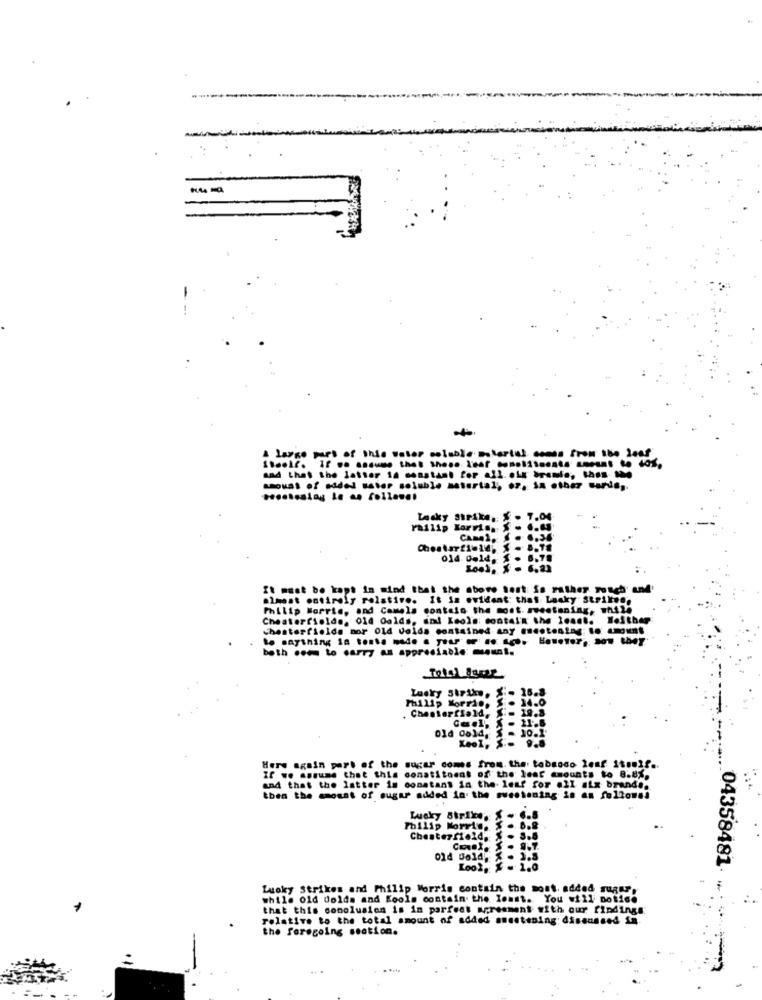
A large part of this water soluble material comes from the leaf
sad that the latter 1a constant for all. our isme ,- n -
Lucky Strike, $ . 7.04
railip Korrias
014 Geld. . 6.
It must be kept in mind that the above test: is rather rosch und'
almost entirely relative. It is evident that Lucky Strikee.
Philip Morris, and Camels contato the most. sweetening, while
Chesterfielde, 014 Golds, and Keol's: contain the least. Neither
chesterfielda mor Old Volds contained any encotontag: Io amount
both com to carry as appreciable mount.
Total Aser
Lucky Strike.
.. 16.
. 14.
Chesterfield, S .- 19.2
old Gold.
Keoly
Here again part of the sugar comes from. the' tobmodo leaf itself ..
If we assume that this constituent of the lent amounts to 8.81.
and that the latter is constant in the les? for all aix brands.
then the amount of sugar added in the sweetening in an follones
Lucky Strike'
Philip Morris.
Chesterfield.
Look
... 04358481
Luoky Strikes and Philip Morris contain the most added sugar.
while old dolds and Kools contain the Ionst. You will notice
that this sonolusien is in parfest agreement with our findings:
relative to the total amount of added smeetsning: discussed in.
the foregoing seation.